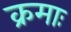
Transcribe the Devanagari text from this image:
क्रमाः